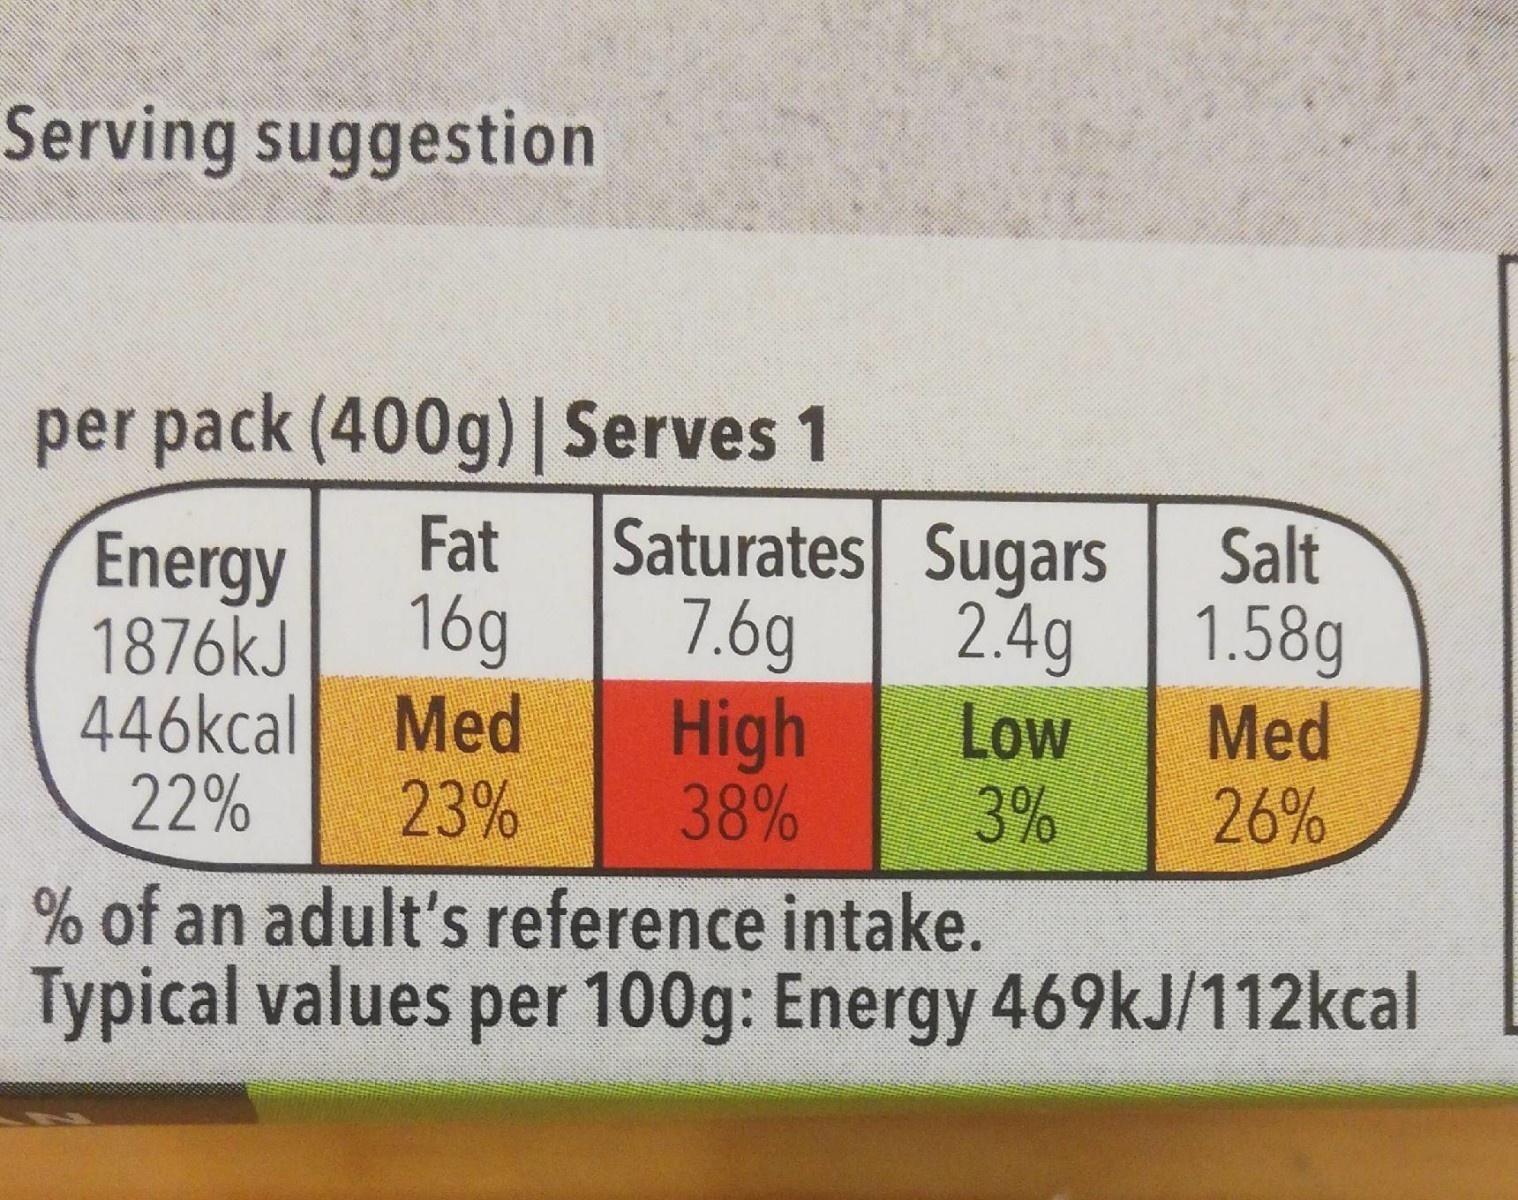
Serving suggestion
per pack (400g) | Serves 1
Fat 16g
Energy 1876kJ
446kcal Med
22%
23%
Saturates Sugars
7.6g
High
38%
Salt
2.4g 1.58g
Med
26%
Low
3%
% of an adult's reference intake.
Typical values per 100g: Energy 469kJ/112kcal